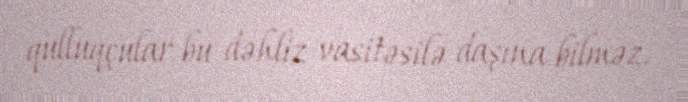
qulluqçular bu dəhliz vasitəsilə daşına bilməz.